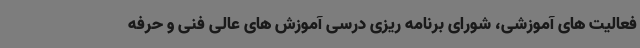
فعالیت های آموزشی، شورای برنامه ریزی درسی آموزش های عالی فنی و حرفه